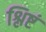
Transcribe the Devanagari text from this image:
श्लिष्टं